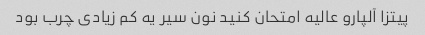
پیتزا آلپارو عالیه امتحان کنید نون سیر یه کم زیادی چرب بود